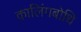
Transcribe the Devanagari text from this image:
कालिंगबोधि